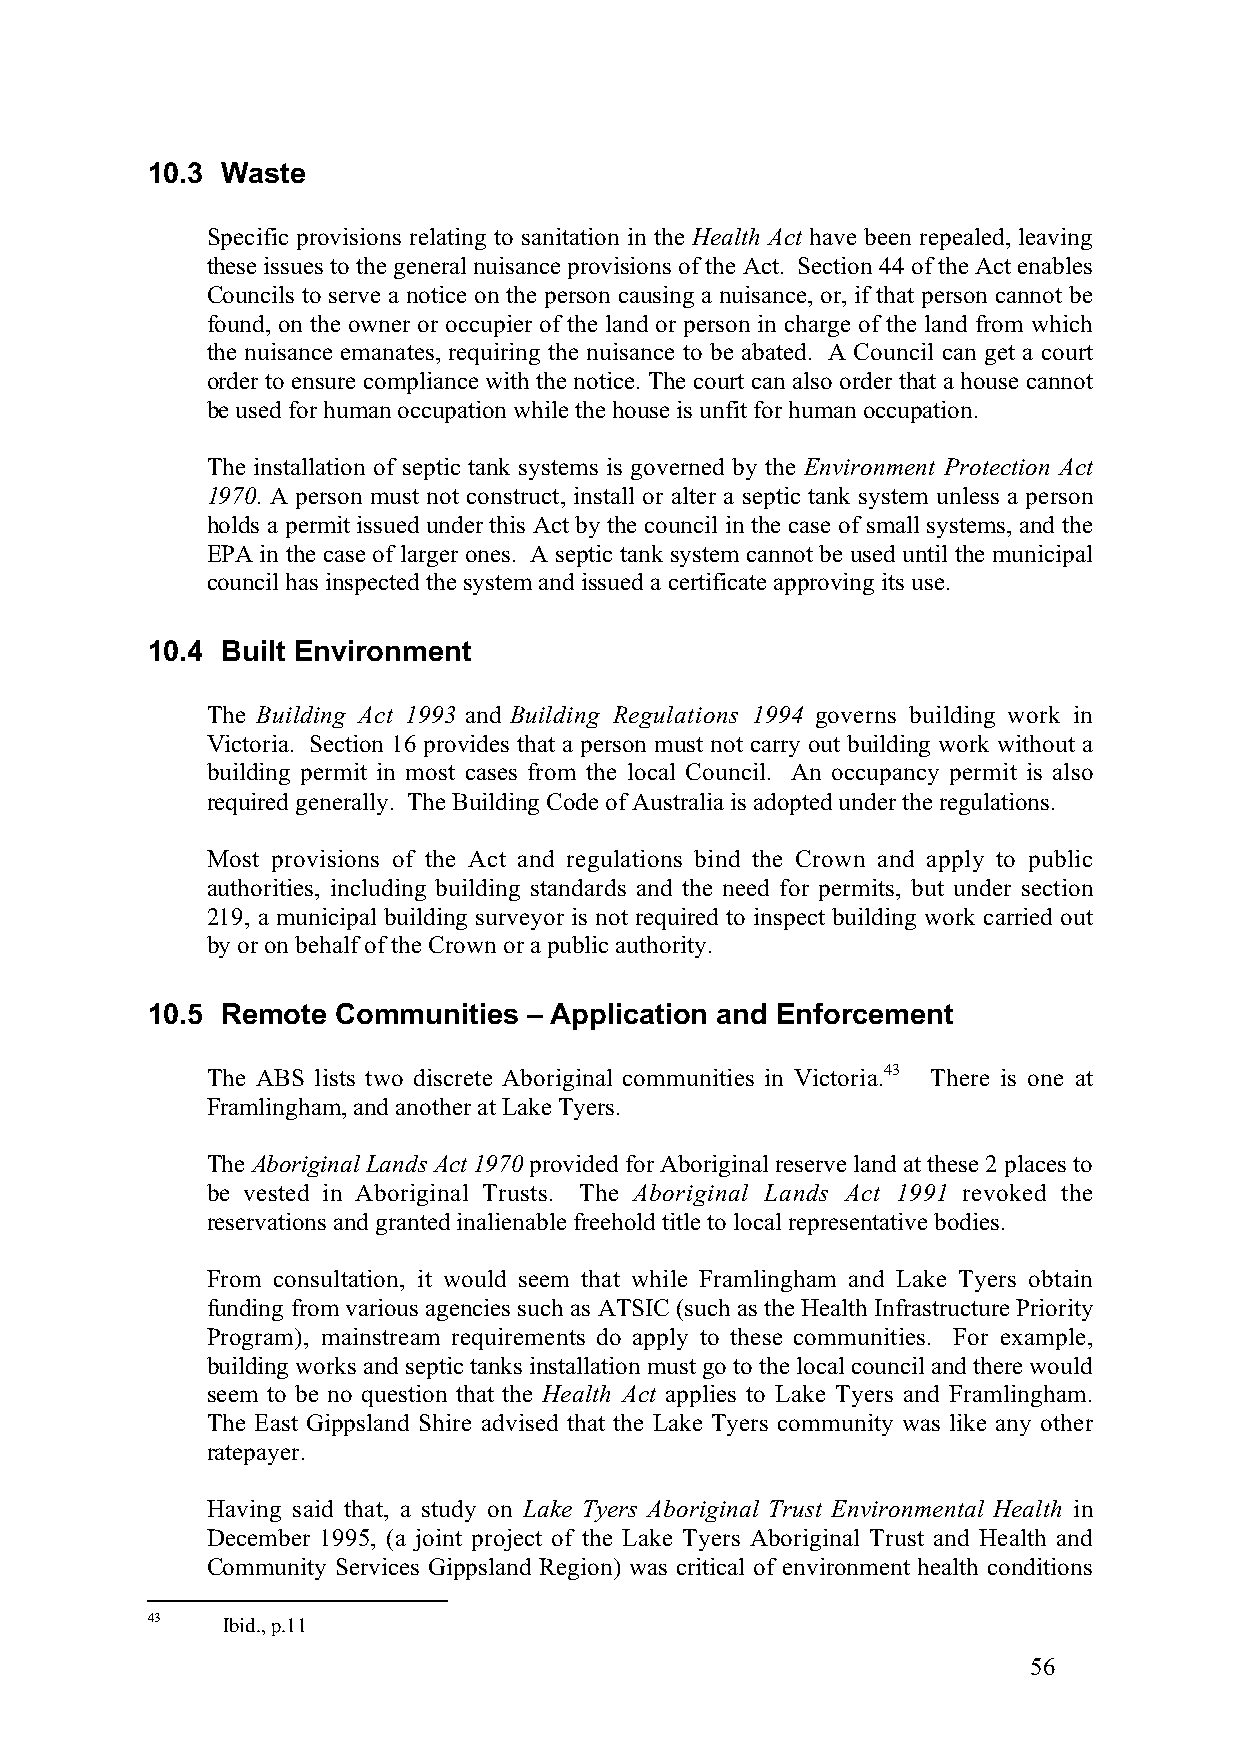
10.3 Waste
 Specific provisions relating to sanitation in the Health Act have been repealed, leaving
 these issues to the general nuisance provisions of the Act. Section 44 of the Act enables
 Councils to serve a notice on the person causing a nuisance, or, if that person cannot be
 found, on the owner or occupier of the land or person in charge of the land from which
 the nuisance emanates, requiring the nuisance to be abated. A Council can get a court
 order to ensure compliance with the notice. The court can also order that a house cannot
 be used for human occupation while the house is unfit for human occupation.
 The installation of septic tank systems is governed by the Environment Protection Act
 1970. A person must not construct, install or alter a septic tank system unless a person
 holds a permit issued under this Act by the council in the case of small systems, and the
 EPA in the case of larger ones. A septic tank system cannot be used until the municipal
 council has inspected the system and issued a certificate approving its use.
 10.4 Built Environment
 The Building Act 1993 and Building Regulations 1994 governs building work in
 Victoria. Section 16 provides that a person must not carry out building work without a
 building permit in most cases from the local Council. An occupancy permit is also
 required generally. The Building Code of Australia is adopted under the regulations.
 Most provisions of the Act and regulations bind the Crown and apply to public
 authorities, including building standards and the need for permits, but under section
 219, a municipal building surveyor is not required to inspect building work carried out
 by or on behalf of the Crown or a public authority.
 10.5 Remote Communities  – Application and Enforcement
 The ABS lists two discrete Aboriginal communities in Victoria.43 There is one at
 Framlingham, and another at Lake Tyers.
 The Aboriginal Lands Act 1970 provided for Aboriginal reserve land at these 2 places to
 be vested in Aboriginal Trusts. The Aboriginal Lands Act 1991 revoked the
 reservations and granted inalienable freehold title to local representative bodies.
 From consultation, it would seem that while Framlingham and Lake Tyers obtain
 funding from various agencies such as ATSIC (such as the Health Infrastructure Priority
 Program), mainstream requirements do apply to these communities. For example,
 building works and septic tanks installation must go to the local council and there would
 seem to be no question that the Health Act applies to Lake Tyers and Framlingham.
 The East Gippsland Shire advised that the Lake Tyers community was like any other
 ratepayer.
 Having said that, a study on Lake Tyers Aboriginal Trust Environmental Health in
 December 1995, (a joint project of the Lake Tyers Aboriginal Trust and Health and
 Community Services Gippsland Region) was critical of environment health conditions
 43   Ibid., p.11
 56